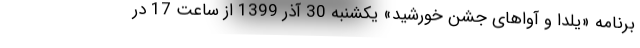
برنامه «یلدا و آواهای جشن خورشید» یکشنبه 30 آذر 1399 از ساعت 17 در